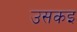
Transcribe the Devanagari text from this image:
उसकइ